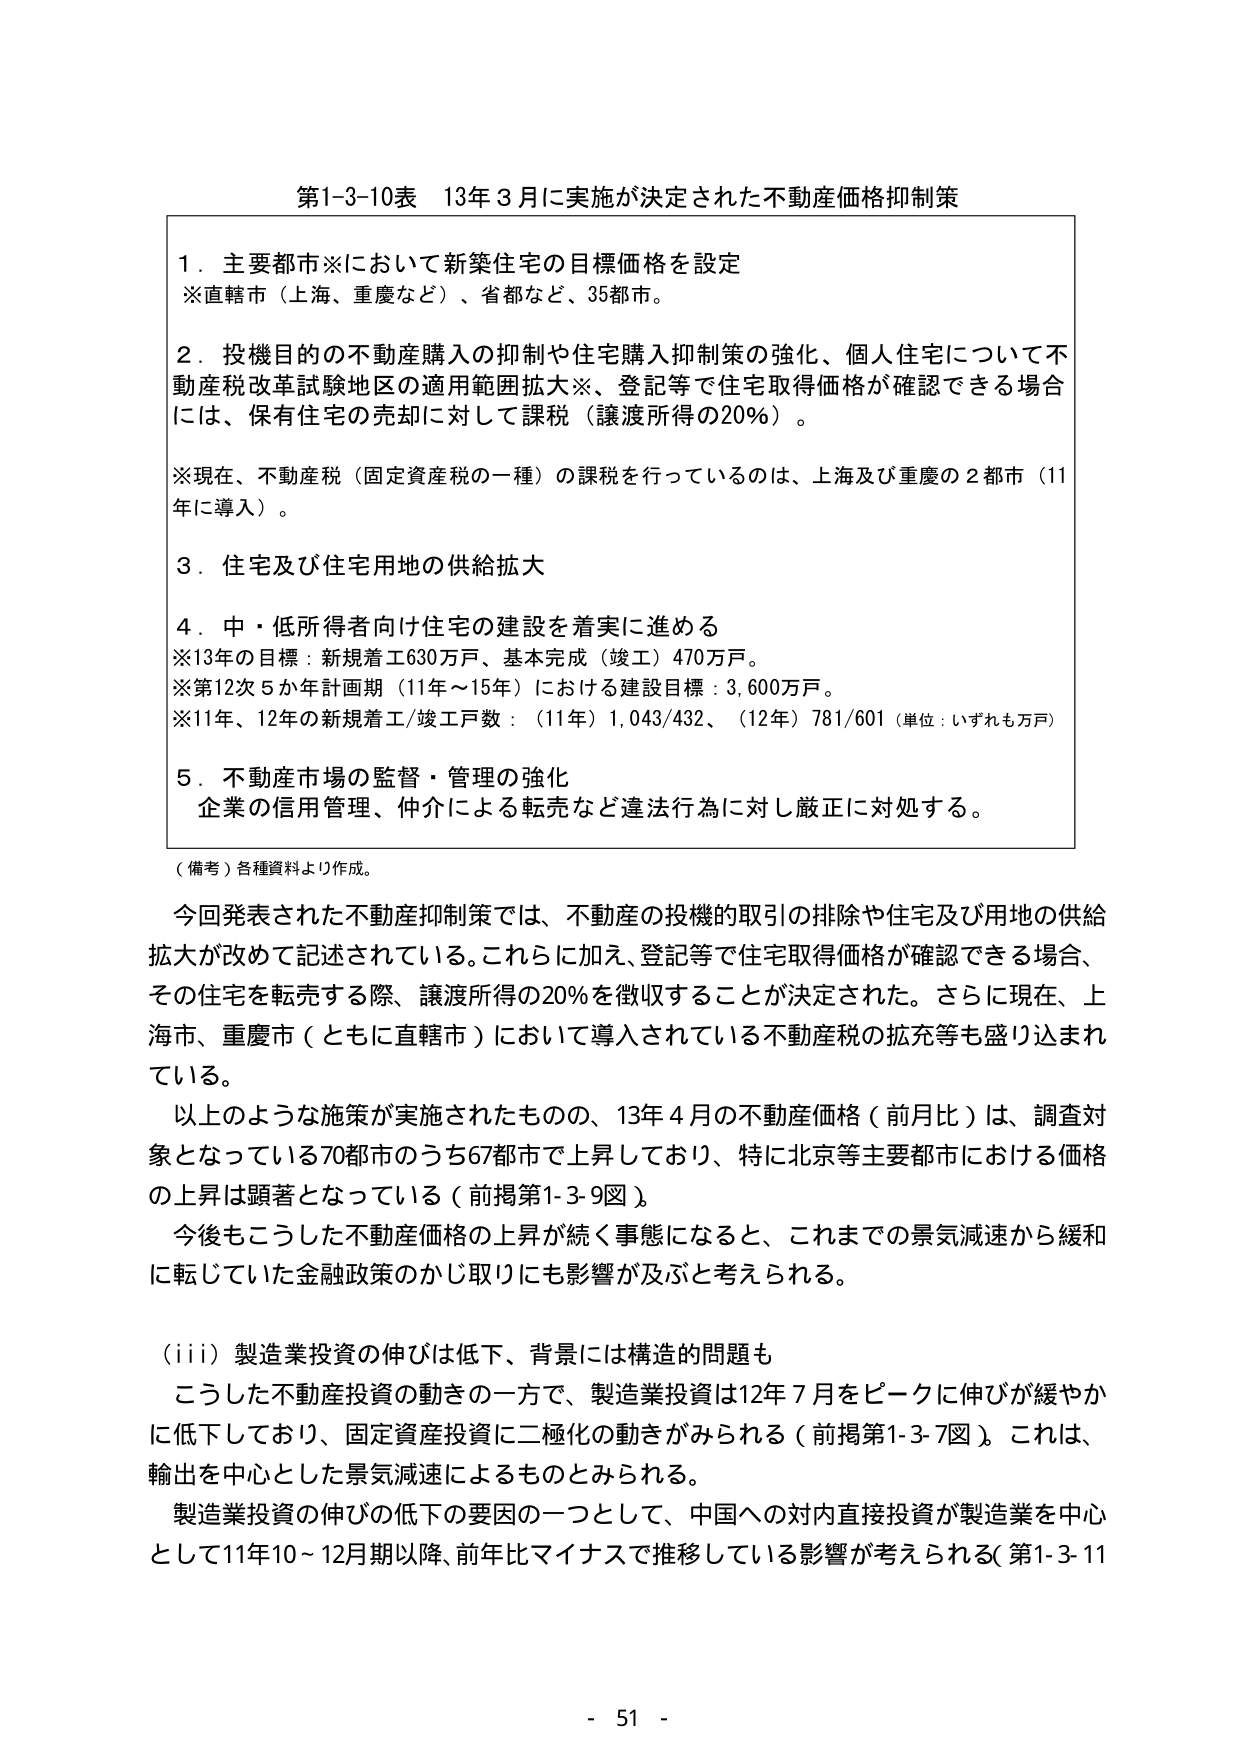
第1-3-10表 13年3月に実施が決定された不動産価格抑制策

1．主要都市※において新築住宅の目標価格を設定
※直轄市（上海、重慶など）、省都など、35都市。

2．投機目的の不動産購入の抑制や住宅購入抑制策の強化、個人住宅について不動産税改革試験地区の適用範囲拡大※、登記等で住宅取得価格が確認できる場合には、保有住宅の売却に対して課税（譲渡所得の20%）。

※現在、不動産税（固定資産税の一種）の課税を行っているのは、上海及び重慶の2都市（11年に導入）。

3．住宅及び住宅用地の供給拡大

4．中・低所得者向け住宅の建設を着実に進める
※13年の目標：新規着工630万戸、基本完成（竣工）470万戸。
※第12次5か年計画期（11年～15年）における建設目標：3,600万戸。
※11年、12年の新規着工/竣工戸数：（11年）1,043/432、（12年）781/601（単位：いずれも万戸）

5．不動産市場の監督・管理の強化
企業の信用管理、仲介による転売など違法行為に対し厳正に対処する。

（備考）各種資料より作成。

今回発表された不動産抑制策では、不動産の投機的取引の排除や住宅及び用地の供給拡大が改めて記述されている。これらに加え、登記等で住宅取得価格が確認できる場合、その住宅を転売する際、譲渡所得の20%を徴収することが決定された。さらに現在、上海市、重慶市（ともに直轄市）において導入されている不動産税の拡充等も盛り込まれている。

以上のような施策が実施されたものの、13年4月の不動産価格（前月比）は、調査対象となっている70都市のうち67都市で上昇しており、特に北京等主要都市における価格の上昇は顕著となっている（前掲第1-3-9図）。

今後もこうした不動産価格の上昇が続く事態になると、これまでの景気減速から緩和に転じていた金融政策のかじ取りにも影響が及ぶと考えられる。

（iii）製造業投資の伸びは低下、背景には構造的問題も
こうした不動産投資の動きの一方で、製造業投資は12年7月をピークに伸びが緩やかに低下しており、固定資産投資に二極化の動きがみられる（前掲第1-3-7図）。これは、輸出を中心とした景気減速によるものとみられる。

製造業投資の伸びの低下の要因の一つとして、中国への対内直接投資が製造業を中心として11年10～12月期以降、前年比マイナスで推移している影響が考えられる（第1-3-11

- 51 -